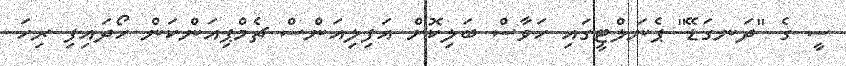
ސީ ގެ "ދަނގަޑޭ" ޕެނަލްޓީގައި ހަވާސް ބަލިކޮށް އަފިލިއަންސް ޗެމްޕިއަންކަން ހޯދައިފި ރިހަ